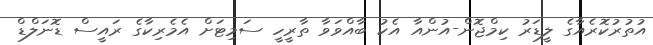
އުތުރުކޮރެއާގެ ލީޑަރު ކިމްޖޮން-އުންއާ އެކު ބާއްވަވާ ތާރީހީ ސަމިޓަށް އެމެރިކާގެ ރައީސް ޑޮނަލްޑް